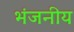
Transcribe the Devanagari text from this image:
भंजनीय